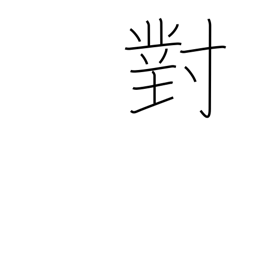
Meaning: facing